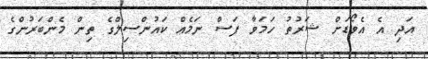
އަދި އެ އެވޯޑަށް ޝަރުތު ހަމަވާ ފަސް ނަމެއް ކައުންސިލްގެ ތިން މެންބަރުންގެ